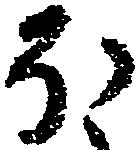
ほ